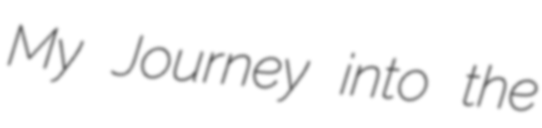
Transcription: My Journey into the